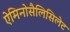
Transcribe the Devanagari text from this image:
ऐमिनोसैलिसिलेट